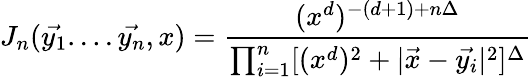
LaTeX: J_{n}(\vec{y_{1}}....\vec{y_{n}},x)=\frac{(x^{d})^{-(d+1)+n\Delta}}{\prod_{i=1}^{n}[(x^{d})^{2}+|\vec{x}-\vec{y_{i}}|^{2}]^{\Delta}}